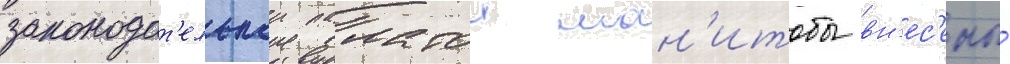
законодат'ельнои палатои ман'итобы вн'ес'ены́